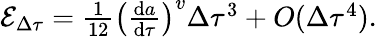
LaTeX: \begin{array}{r}{\mathcal{E}_{\Delta\tau}=\frac{1}{12}\left(\frac{\mathrm{d}a}{\mathrm{d}\tau}\right)^{v}\Delta\tau^{3}+O(\Delta\tau^{4}).}\end{array}